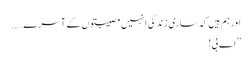
اور ہم ہیں کہ ساری زندگی انہیں مصیبتوں کے آسرے…..
’’اے بی!